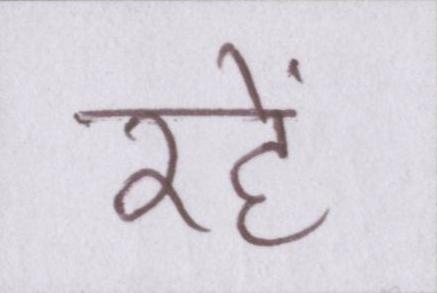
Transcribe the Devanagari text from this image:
रहें